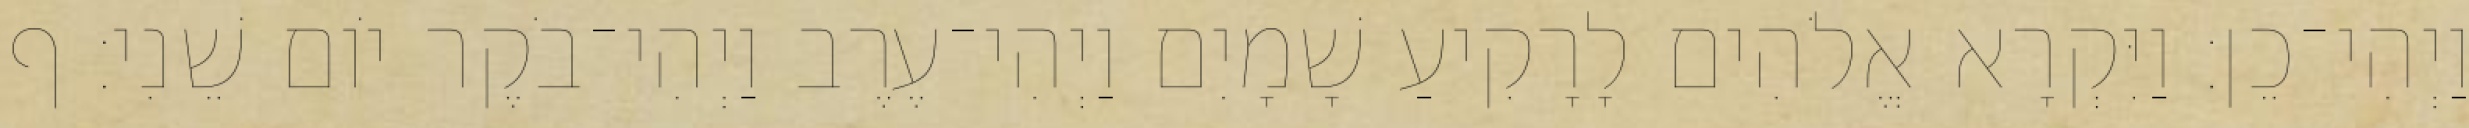
וַיְהִי־כֵן׃ וַיִּקְרָא אֱלֹהִים לָרָקִיעַ שָׁמָיִם וַיְהִי־עֶרֶב וַיְהִי־בֹקֶר יֹום שֵׁנִי׃ ף